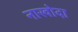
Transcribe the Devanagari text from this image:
नाखोदा